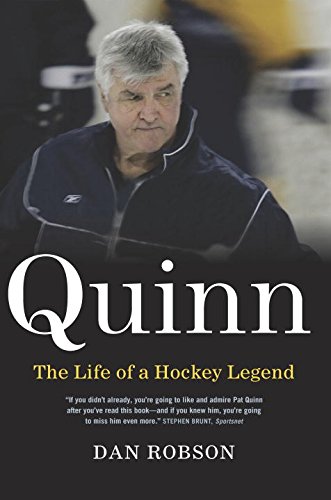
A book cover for Quinn: The Life of a Hockey Legend; Dan Robson; Biographies & Memoirs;